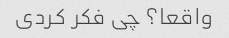
واقعا؟ چی فکر کردی